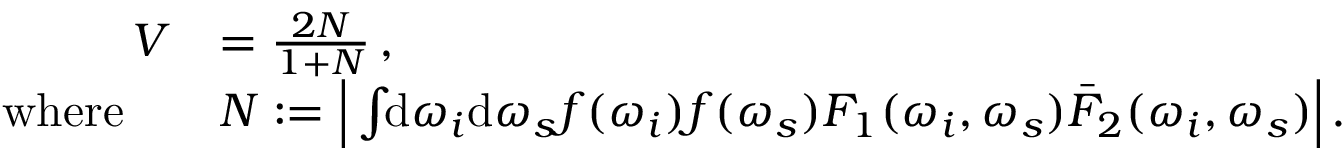
\begin{array} { r l } { V } & { = \frac { 2 N } { 1 + N } \, , } \\ { \mathrm { w h e r e } \quad } & { N : = \Big | \int \! \! \mathrm { d } \omega _ { i } \mathrm { d } \omega _ { s } f ( \omega _ { i } ) f ( \omega _ { s } ) F _ { 1 } ( \omega _ { i } , \omega _ { s } ) \bar { F } _ { 2 } ( \omega _ { i } , \omega _ { s } ) \Big | \, . } \end{array}